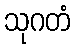
သုဂတံ